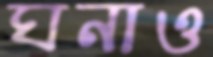
ঘনাও